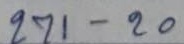
271 - 20